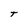
Character: t